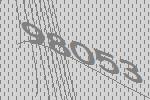
98053